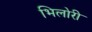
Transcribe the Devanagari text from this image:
भिलोरी